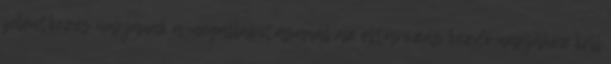
jelentkezés napjának a megállapításánál az eltávozás kezdő napjához kell